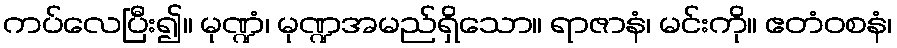
ကပ်လေပြီး၍။ မုဏ္ဍံ၊ မုဏ္ဍအမည်ရှိသော။ ရာဇာနံ၊ မင်းကို။ ဧတံဝစနံ၊